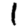
Digit: 1